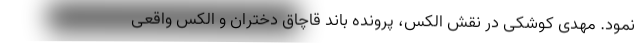
‌نمود. مهدی کوشکی در نقش الکس، پرونده باند قاچاق دختران و الکس واقعی